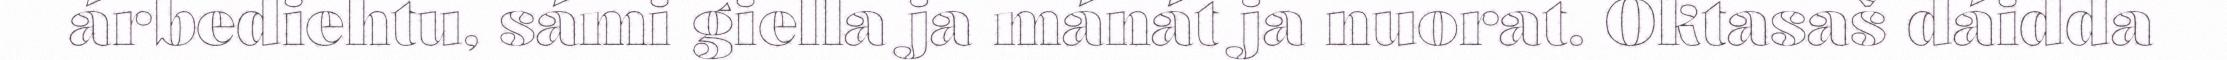
árbediehtu, sámi giella ja mánát ja nuorat. Oktasaš dáidda